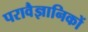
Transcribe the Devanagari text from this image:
परावैज्ञानिकों